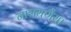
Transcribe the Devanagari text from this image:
नारायणैया